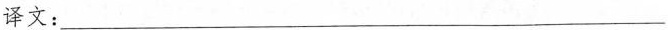
译文：___